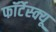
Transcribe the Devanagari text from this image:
फॉर्टेस्क्यू